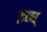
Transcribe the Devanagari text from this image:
इन्ध्‌